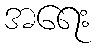
အရေး